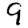
Digit: 9